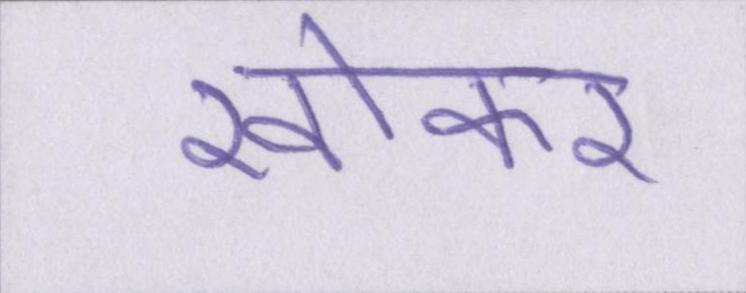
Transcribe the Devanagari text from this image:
खोकर